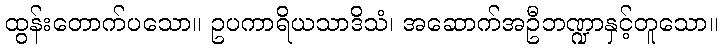
ထွန်းတောက်ပသော။ ဥပကာရိယသာဒိသံ၊ အဆောက်အဦဘဏ္ဍာနှင့်တူသော။